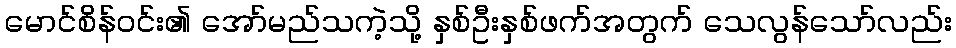
မောင်စိန်ဝင်း၏ အော်မည်သကဲ့သို့ နှစ်ဦးနှစ်ဖက်အတွက် သေလွန်သော်လည်း